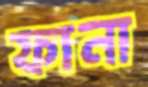
ফানা